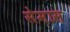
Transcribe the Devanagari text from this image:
सेमास